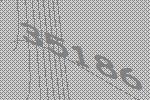
35186